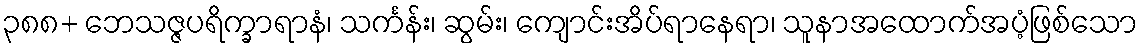
၃၈၈+ ဘေသဇ္ဇပရိက္ခာရာနံ၊ သင်္ကန်း၊ ဆွမ်း၊ ကျောင်းအိပ်ရာနေရာ၊ သူနာအထောက်အပံ့ဖြစ်သော